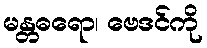
မန္တဓရော၊ ဗေဒင်ကို